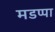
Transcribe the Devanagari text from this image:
मडप्पा